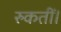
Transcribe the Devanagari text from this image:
रुकतीं।